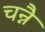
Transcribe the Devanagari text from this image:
चन्नै